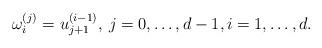
LaTeX: \begin{align*}\omega_i^{(j)}=u_{j+1}^{(i-1)},\>j=0,\ldots ,d-1,i=1,\ldots,d.\end{align*}